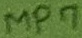
Text: MP7